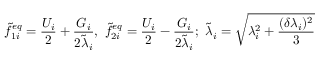
\widetilde { f } _ { 1 i } ^ { e q } = \frac { U _ { i } } { 2 } + \frac { G _ { i } } { 2 \widetilde { \lambda } _ { i } } , \ \widetilde { f } _ { 2 i } ^ { e q } = \frac { U _ { i } } { 2 } - \frac { G _ { i } } { 2 \widetilde { \lambda } _ { i } } ; \ \widetilde { \lambda } _ { i } = \sqrt { \lambda _ { i } ^ { 2 } + \frac { ( \delta \lambda _ { i } ) ^ { 2 } } { 3 } }